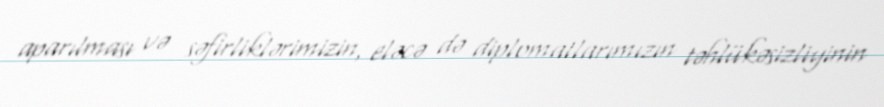
aparılması və səfirliklərimizin, eləcə də diplomatlarımızın təhlükəsizliyinin